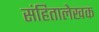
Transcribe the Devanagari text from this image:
संहितालेखक